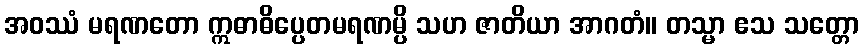
အဝဿံ မရဏတော ဣဓာဓိပ္ပေတမရဏမ္ပိ သဟ ဇာတိယာ အာဂတံ။ တသ္မာ ဧသ သတ္တော